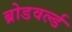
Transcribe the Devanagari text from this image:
ब्रोडवर्ल्ड